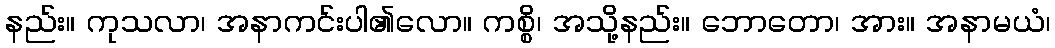
နည်း။ ကုသလာ၊ အနာကင်းပါ၏လော။ ကစ္စိ၊ အသို့နည်း။ ဘောတော၊ အား။ အနာမယံ၊